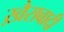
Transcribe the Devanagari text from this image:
ख़ैराबादी